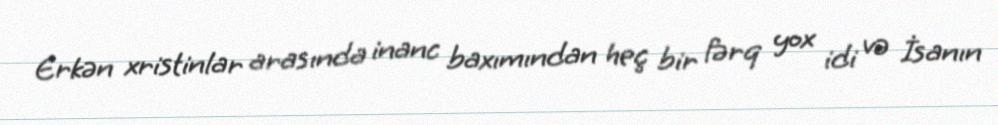
Erkən xristinlar arasında inanc baxımından heç bir fərq yox idi və İsanın